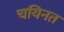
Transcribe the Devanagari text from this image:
चयिनत